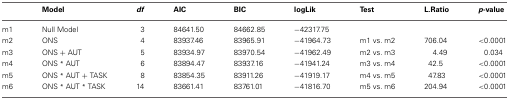
|  | Model | df | AIC | BIC | logLik | Test | L.Ratio | p-value |
 | --- | --- | --- | --- | --- | --- | --- | --- | --- |
 | m1 | Null Model | 3 | 84641.50 | 84662.85 | −42317.75 |  |  |  |
 | m2 | ONS | 4 | 83937.46 | 83965.91 | −41964.73 | m1 vs. m2 | 706.04 | <0.0001 |
 | m3 | ONS + AUT | 5 | 83934.97 | 83970.54 | −41962.49 | m2 vs. m3 | 4.49 | 0.034 |
 | m4 | ONS * AUT | 6 | 83894.47 | 83937.16 | −41941.24 | m3 vs. m4 | 42.5 | <0.0001 |
 | m5 | ONS * AUT + TASK | 8 | 83854.35 | 83911.26 | −41919.17 | m4 vs. m5 | 47.83 | <0.0001 |
 | m6 | ONS * AUT * TASK | 14 | 83661.41 | 83761.01 | −41816.70 | m5 vs. m6 | 204.94 | <0.0001 |